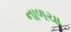
નાળચા